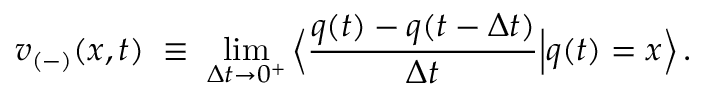
v _ { ( - ) } ( x , t ) \; \equiv \; \operatorname * { l i m } _ { \Delta t \rightarrow 0 ^ { + } } \Big \langle \frac { q ( t ) - q ( t - \Delta t ) } { \Delta t } \Big | q ( t ) = x \Big \rangle \, .